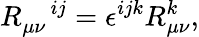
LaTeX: R_{\mu\nu}^{\quad ij}=\epsilon^{ijk}R_{\mu\nu}^{k},